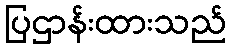
ပြဌာန်းထားသည်